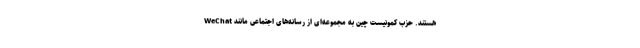
هستند. حزب کمونیست چین به مجموعه‌ای از رسانه‌های اجتماعی مانند WeChat